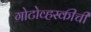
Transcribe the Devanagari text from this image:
गोटोव्हस्कीची